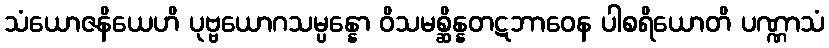
သံယောဇနိယေဟိ ပုဗ္ဗယောဂသမ္ပန္နော ဝိသမစ္ဆိန္နတဋဘာဝေန ပါစရိယောတိ ပဏ္ဏာသံ